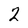
Character: 2